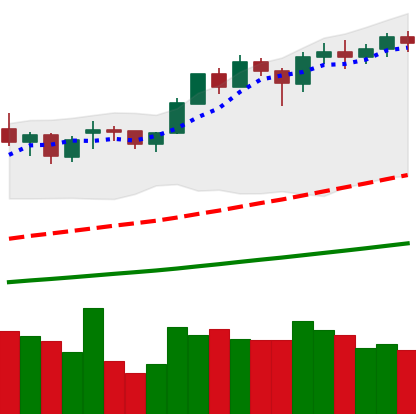
Ticker: ETH-USD
Chart end date: 2021-02-13
Forward return: 6.799%
Label: up_5_7